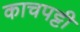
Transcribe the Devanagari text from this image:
काचपट्टी